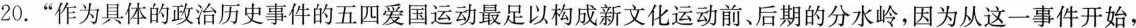
20.”作为具体的政治历史事件的五四爱国运动最足以构成新文化运动前、后期的分水岭，因为从这一事件开始，